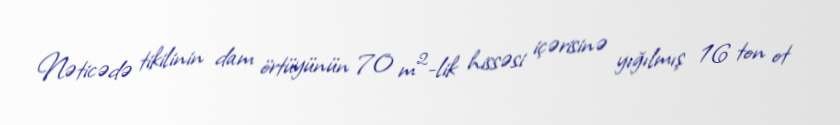
Nəticədə tikilinin dam örtüyünün 70 m²-lik hissəsi içərisinə yığılmış 16 ton ot